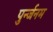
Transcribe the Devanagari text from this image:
पुर्न्जनम